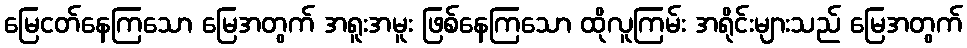
မြေငတ်နေကြသော မြေအတွက် အရူးအမူး ဖြစ်နေကြသော ထိုလူကြမ်း အရိုင်းများသည် မြေအတွက်